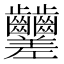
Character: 𪚍